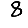
Digit: 8